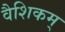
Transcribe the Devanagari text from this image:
वैशिकम्